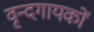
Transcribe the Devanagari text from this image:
वृन्दगायकों